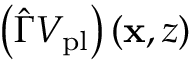
\left( \hat { \Gamma } V _ { \mathrm { p l } } \right) ( \mathbf { x } , z )